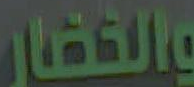
والقضار